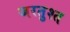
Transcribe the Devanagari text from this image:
जरतुश्त